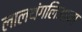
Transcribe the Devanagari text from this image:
लालथंगलिआना